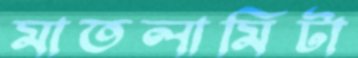
মাতলামিটা